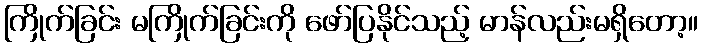
ကြိုက်ခြင်း မကြိုက်ခြင်းကို ဖော်ပြနိုင်သည့် မာန်လည်းမရှိတော့။